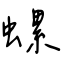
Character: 螺